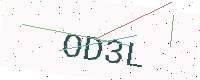
Text: OD3L